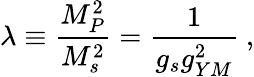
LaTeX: \lambda\equiv{{\frac{M_{P}^{2}}{M_{s}^{2}}}}={\frac{1}{g_{s}g_{YM}^{2}}}\ ,